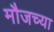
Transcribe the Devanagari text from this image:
मौजच्या